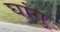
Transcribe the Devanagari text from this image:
घांगु